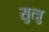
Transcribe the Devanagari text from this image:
सुत्त्रु